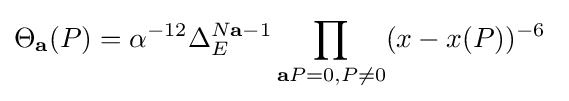
\Theta _{\mathbf {a} }(P)=\alpha ^{-12}\Delta _{E}^{N\mathbf {a} -1}\prod _{\mathbf {a} P=0,P\neq 0}(x-x(P))^{-6}\